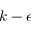
k - \epsilon